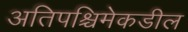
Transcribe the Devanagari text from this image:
अतिपश्चिमेकडील